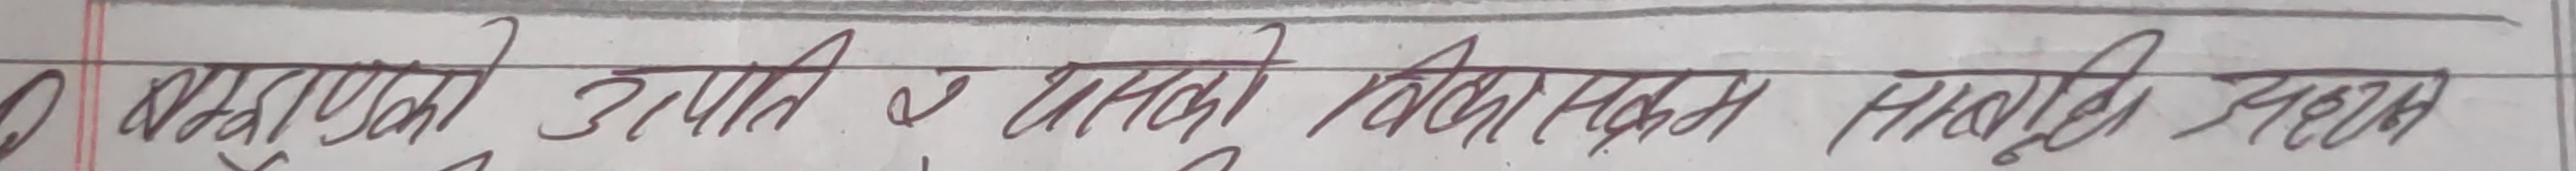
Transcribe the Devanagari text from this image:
प्रश्नावलीको उत्पत्ति र यसको विकासमा नेपाली प्रसंग